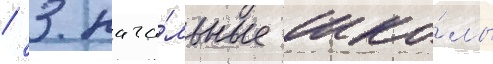
/ 3 нача́льные шко́лы